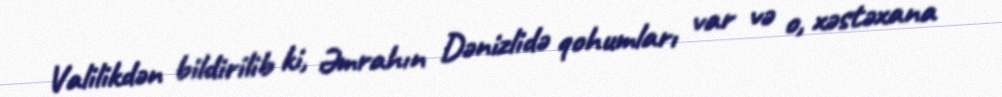
Valilikdən bildirilib ki, Əmrahın Dənizlidə qohumları var və o, xəstəxana